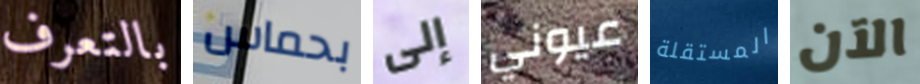
بالتعرف بحماس إلى عيوني المستقلة الآن